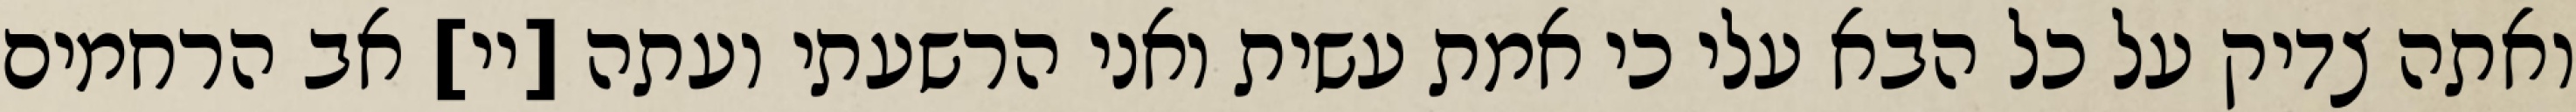
ואתה צדיק על כל הבא עלי כי אמת עשית ואני הרשעתי ועתה [יי] אב הרחמים